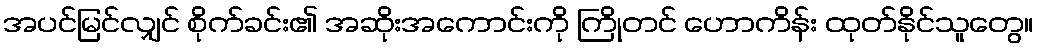
အပင်မြင်လျှင် စိုက်ခင်း၏ အဆိုးအကောင်းကို ကြိုတင် ဟောကိန်း ထုတ်နိုင်သူတွေ။